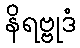
နိရဗ္ဗုဒံ